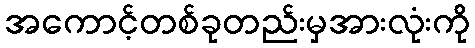
အကောင့်တစ်ခုတည်းမှအားလုံးကို